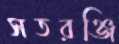
সতরঞ্জি